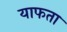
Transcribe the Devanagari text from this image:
याफता